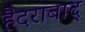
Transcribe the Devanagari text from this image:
हैदराबाद्